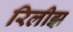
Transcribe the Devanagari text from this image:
रिलीझ